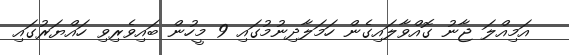
އަމިއްލަ ޖާނު ގޮއްވާލައިގެން ހަމަލާދިނުމުގައި 9 މީހުން ބައިވެރިވި ހައްޔަރުގައި